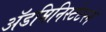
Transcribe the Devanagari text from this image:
ॲडमिनिस्टेटरने